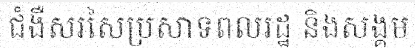
ជំងឺសរសៃប្រសាទពលរដ្ឋ និងសង្គម